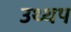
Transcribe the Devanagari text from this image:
उथ्थप